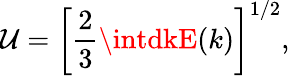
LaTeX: \mathcal{U}=\left[\frac{{2}}{{3}}\intdkE(k)\right]^{1/2},